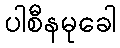
ပါစီနမုခေါ